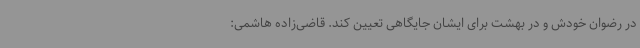
در رضوان خودش و در بهشت برای ایشان جایگاهی تعیین کند. قاضی‌زاده هاشمی: